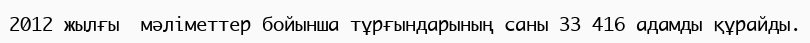
2012 жылғы  мәліметтер бойынша тұрғындарының саны 33 416 адамды құрайды.